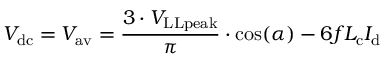
{ V _ { \mathrm { d c } } = V _ { \mathrm { a v } } = { \frac { 3 \cdot V _ { \mathrm { L L p e a k } } } { \pi } } \cdot \cos ( \alpha ) } - { 6 f L _ { \mathrm { c } } I _ { \mathrm { d } } }